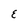
Character: E